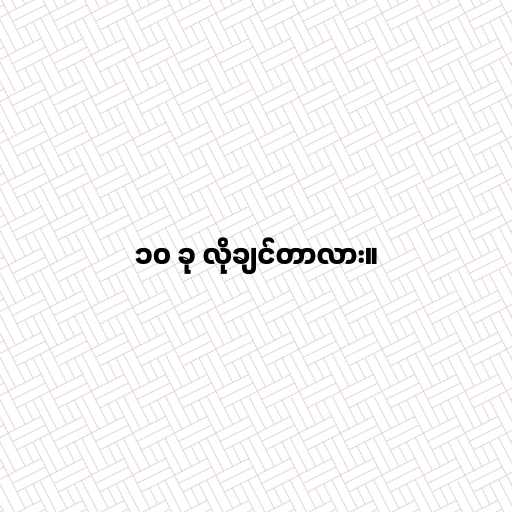
၁၀ ခု လိုချင်တာလား။